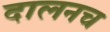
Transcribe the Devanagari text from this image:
दालनच